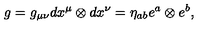
g = g _ { \mu \nu } d x ^ { \mu } \otimes d x ^ { \nu } = \eta _ { a b } e ^ { a } \otimes e ^ { b } ,